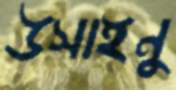
উসাইনু